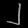
Digit: ၂